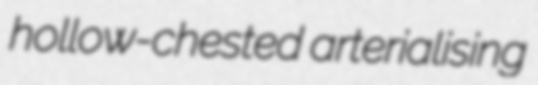
hollow-chested arterialising